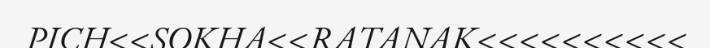
PICH<<SOKHA<<RATANAK<<<<<<<<<<